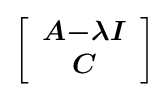
\left[{\begin{array}{c}{\boldsymbol {A}}{\boldsymbol {-\lambda }}{\boldsymbol {I}}\\{\boldsymbol {C}}\end{array}}\right]